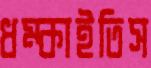
ধম্‌কাইতিস